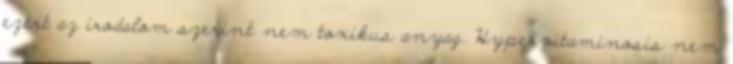
ezért az irodalom szerint nem toxikus anyag. Hypervitaminosis nem